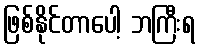
ဖြစ်နိုင်တာပေါ့ ဘကြီးရ